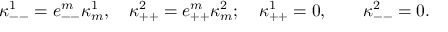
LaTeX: \kappa _ { -- } ^ { 1 } = e _ { -- } ^ { m } \kappa _ { m } ^ { 1 } , \quad \kappa _ { + + } ^ { 2 } = e _ { + + } ^ { m } \kappa _ { m } ^ { 2 } ; \quad \kappa _ { + + } ^ { 1 } = 0 , \quad \quad \kappa _ { -- } ^ { 2 } = 0 .